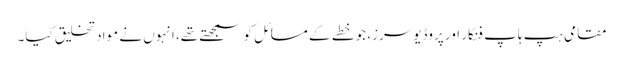
مقامی ہپ ہاپ فنکار اور پروڈیوسرز، جو خطے کے مسائل کو سمجھتے تھے، انہوں نے مواد تخلیق کیا۔